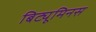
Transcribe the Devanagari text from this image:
बिट्यूमिनस